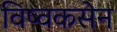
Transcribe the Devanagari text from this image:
विष्वकसेन